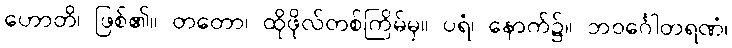
ဟောတိ၊ ဖြစ်၏။ တတော၊ ထိုဖိုလ်တစ်ကြိမ်မှ။ ပရံ၊ နောက်၌။ ဘဝင်္ဂေါတရဏံ၊